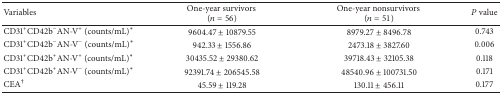
<table><thead><tr><td><b>Variables</b></td><td><b>One-year survivors (<i>n</i> = 56)</b></td><td><b>One-year nonsurvivors (<i>n</i> = 51)</b></td><td><b><i>P</i> value</b></td></tr></thead><tbody><tr><td>CD31<sup>+</sup>CD42b<sup>−</sup>AN-V<sup>+</sup> (counts/mL)∗</td><td>9604.47 ± 10879.55</td><td>8979.27 ± 8496.78</td><td>0.743</td></tr><tr><td>CD31<sup>+</sup>CD42b<sup>−</sup>AN-V<sup>−</sup> (counts/mL)∗</td><td>942.33 ± 1556.86</td><td>2473.18 ± 3827.60</td><td>0.006</td></tr><tr><td>CD31<sup>+</sup>CD42b<sup>+</sup>AN-V<sup>+</sup> (counts/mL)∗</td><td>30435.52 ± 29380.62</td><td>39718.43 ± 32105.38</td><td>0.118</td></tr><tr><td>CD31<sup>+</sup>CD42b<sup>+</sup>AN-V<sup>−</sup> (counts/mL)∗</td><td>92391.74 ± 206545.58</td><td>48540.96 ± 100731.50</td><td>0.171</td></tr><tr><td>CEA<sup>†</sup></td><td>45.59 ± 119.28</td><td>130.11 ± 456.11</td><td>0.177</td></tr></tbody></table>